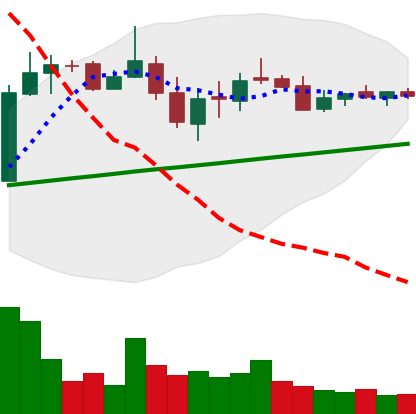
Ticker: LTC-USD
Chart end date: 2018-03-05
Forward return: -15.837%
Label: down_7plus